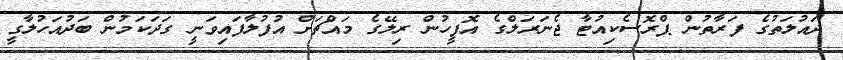
ދައުލަތުގެ ފަރާތުން ޕްރޮސެކިއުޓާ ޖެނަރަލްގެ އޮފީހުން ރިލޭގެ މައްޗަށް އުފުލާފައިވަނީ ގަދަކަމުން ބަދުއަހުލާގީ